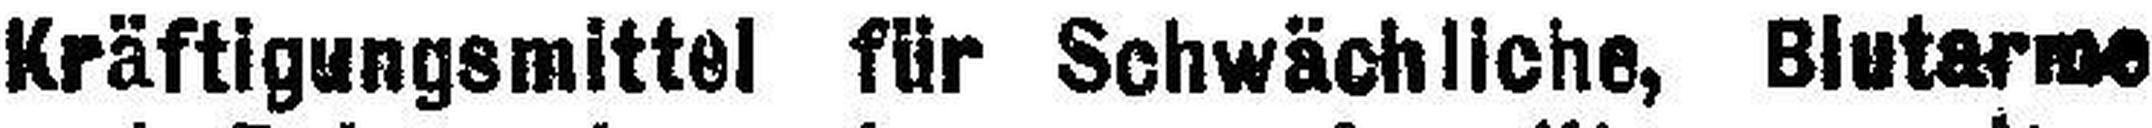
Kräftigungsmittel für Schwächliche, Blutarme